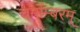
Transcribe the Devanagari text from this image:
चर्माम्बरम्